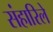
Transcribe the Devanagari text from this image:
संहारिले